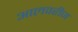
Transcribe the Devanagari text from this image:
आलवरीज